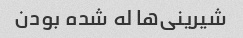
شیرینی‌ها له شده بودن